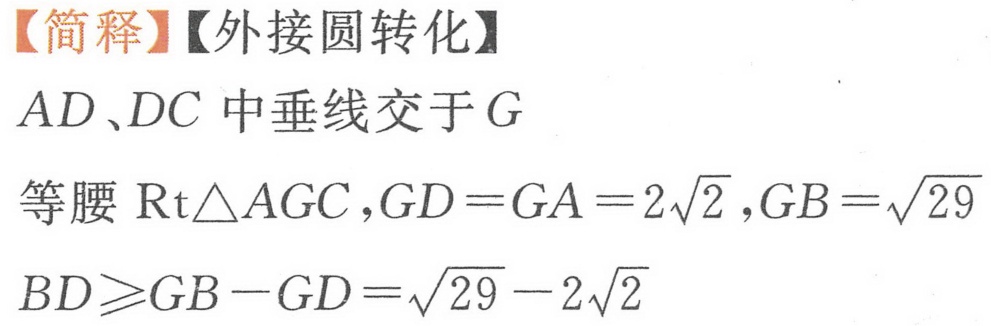
【简释】【外接圆转化】
\(AD、DC\) 中垂线交于 \(G\)
等腰 \(\text{Rt}\triangle AGC\)，\(GD = GA = 2\sqrt{2}\)，\(GB=\sqrt{29}\)
\(BD\geqslant GB - GD=\sqrt{29}-2\sqrt{2}\)